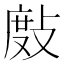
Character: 𢾖